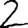
Digit: 2